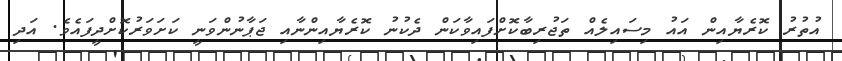
އުތުރު ކޮރެޔާއިން އައު މިސައިލެއް ތަޖުރިބާކޮށްފައިވާކަން ދެކުނު ކޮރެޔާއިންނާއި ޖަޕާނުންވަނީ ކަށަވަރުކޮށްދީފައެވެ. އަދި